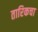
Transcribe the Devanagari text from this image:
तारिकचा